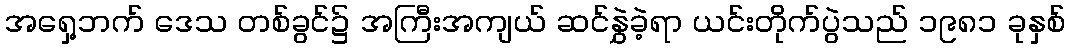
အရှေ့ဘက် ဒေသ တစ်ခွင်၌ အကြီးအကျယ် ဆင်နွှဲခဲ့ရာ ယင်းတိုက်ပွဲသည် ၁၉၈၁ ခုနှစ်